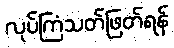
လုပ်ကြံသတ်ဖြတ်ရန်